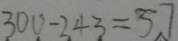
3 0 0 - 2 4 3 = 5 7